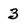
Character: 3